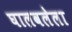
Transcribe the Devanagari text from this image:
घालवलेला